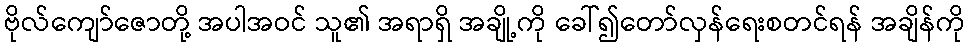
ဗိုလ်ကျော်ဇောတို့ အပါအဝင် သူ၏ အရာရှိ အချို့ကို ခေါ်၍တော်လှန်ရေးစတင်ရန် အချိန်ကို